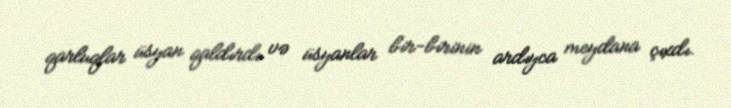
qarluqlar üsyan qaldırdı və üsyanlar bir-birinin ardıyca meydana çıxdı.